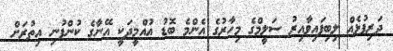
ދަރިފުޅެއް ލިބިފައިވާއިރު ސަލީމްގެ މިހާރުގެ އެންމެ ބޮޑު އުއްމީދަކީ އޭނާގެ ކުންފުނި އިތުރަށް